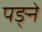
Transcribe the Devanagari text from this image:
पङ्ने